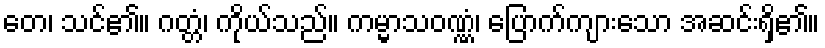
တေ၊ သင်၏။ ဂတ္တံ၊ ကိုယ်သည်။ ကမ္မာသဝဏ္ဏံ၊ ပြောက်ကျားသော အဆင်းရှိ၏။